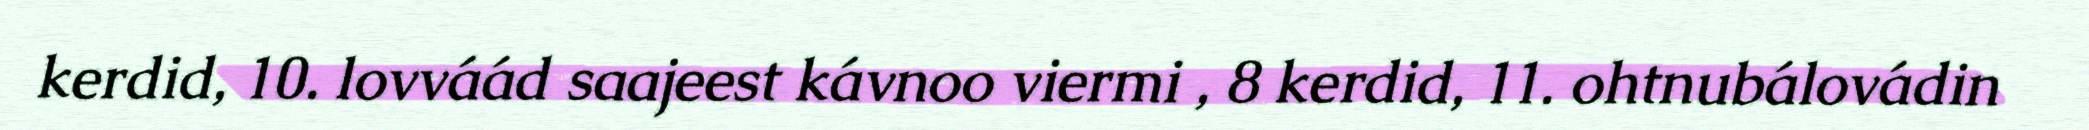
kerdid, 10. lovváád saajeest kávnoo viermi , 8 kerdid, 11. ohtnubálovádin